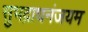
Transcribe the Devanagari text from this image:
सुभद्राधनंजयम